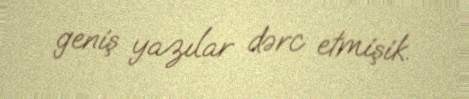
geniş yazılar dərc etmişik.